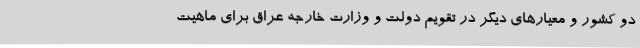
دو کشور و معیارهای دیگر در تقویم دولت و وزارت خارجه عراق برای ماهیت